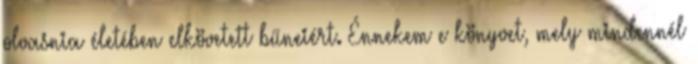
olvasnia életében elkövetett bűneiért. Énnekem e könyvet, mely mindennél